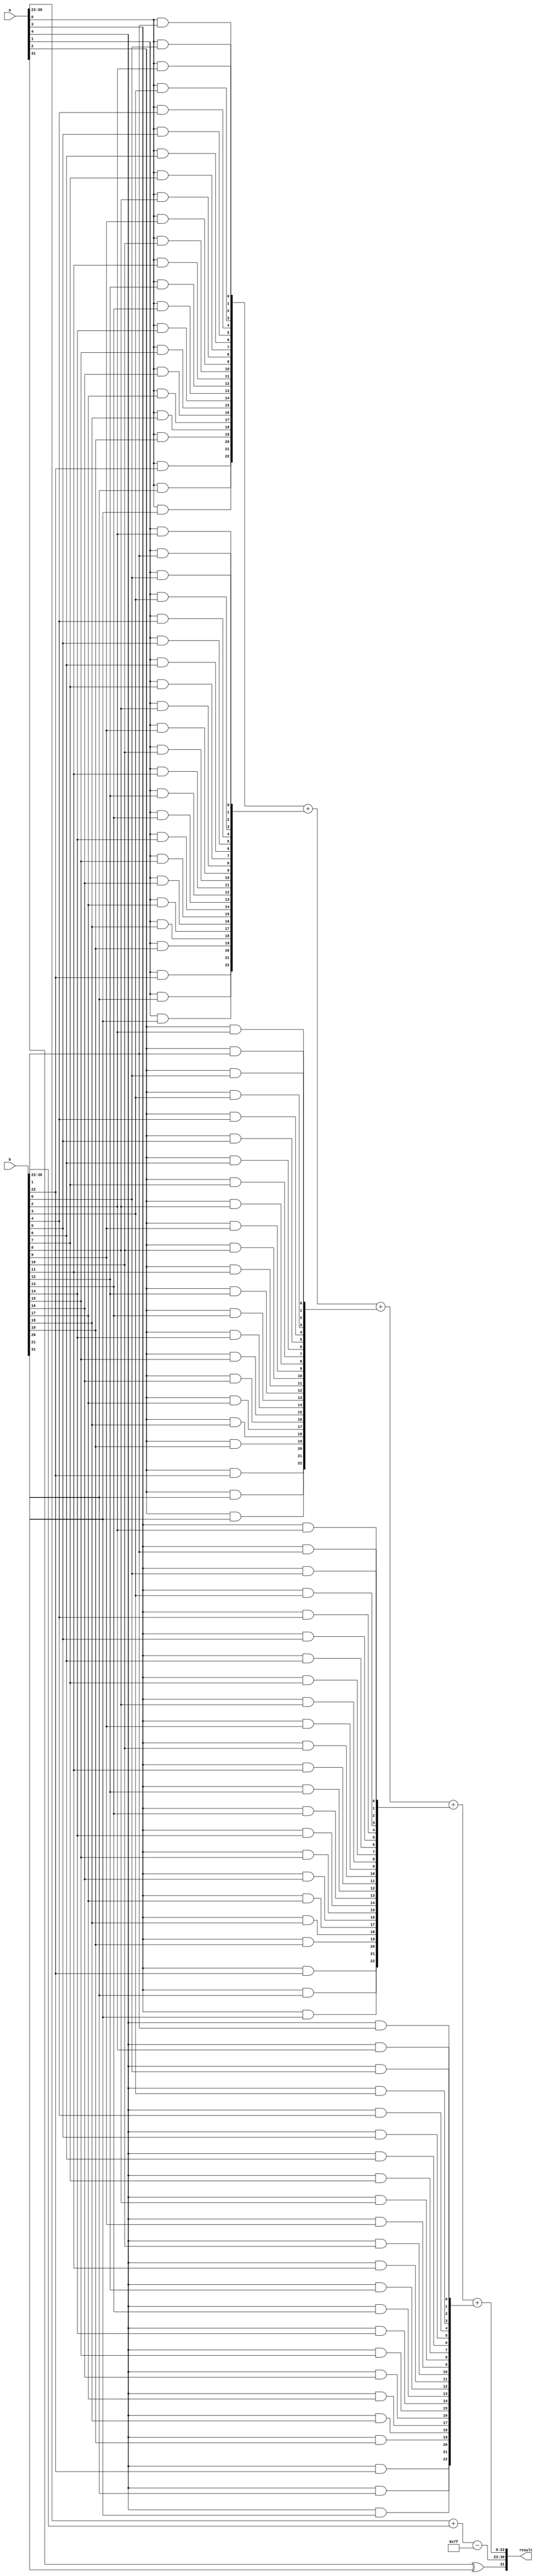
module fp_wallace_tree_multiplier (
    input [31:0] a, // First floating-point operand (IEEE 754 single-precision)
    input [31:0] b, // Second floating-point operand (IEEE 754 single-precision)
    output [31:0] result // Output floating-point result (IEEE 754 single-precision)
);
    
    // Step 1: Extract sign, exponent, and significand
    wire sign_a = a[31];
    wire sign_b = b[31];

    wire [7:0] exp_a = a[30:23];
    wire [7:0] exp_b = b[30:23];

    wire [22:0] sig_a = a[22:0]; // 23 bits significand (with implicit leading 1)
    wire [22:0] sig_b = b[22:0]; // 23 bits significand (with implicit leading 1)

    // Step 2: Sign result calculation
    wire sign_result = sign_a ^ sign_b;

    // Step 3: Exponent calculation
    wire [7:0] exp_result = exp_a + exp_b - 8'd127; // Subtract the bias (127 for single-precision)

    // Step 4: Significand multiplication
    wire [46:0] significand_a = {1'b1, sig_a}; // Add implicit leading 1
    wire [46:0] significand_b = {1'b1, sig_b}; // Add implicit leading 1

    // Create partial products
    wire [22:0] pp[22:0]; // Partial products for 23 bits
    genvar i, j;
    generate
        for (i = 0; i < 23; i = i + 1) begin : partial_products
            for (j = 0; j < 23; j = j + 1) begin
                assign pp[i][j] = significand_a[i] & significand_b[j]; // AND to generate partial products
            end
        end
    endgenerate

    // Step 5: Wallace tree reduction (simplified version for illustration)
    wire [46:0] sum, carry;
    wire [46:0] temp;

    // Full adder and half adder logic would go here.
    // The following is a placeholder for conditions that would be implemented in a realistic design.

    // Combine partial products using Wallace Tree reduction algorithm.
    // This part of the design would be far more complex and is typically a multi-stage process.

    // The result of the Wallace tree reduction would go here
    // For example sake, we concatenate the values (this should be replaced with actual Wallace tree reduction)
    assign sum = pp[0] + pp[1] + pp[2] + pp[3] + pp[4]; // This is a placeholder

    // Step 6: Normalization and rounding logic
    // This logic needs to inspect the sum for normalization and adjust the exponent accordingly.
    // Rounding logic would handle the cases to meet IEEE 754 compliance.

    // Step 7: Assemble final output
    // This is a simplified example, real normalization, rounding, and edge cases should be handled.

    assign result = {sign_result, exp_result, sum[22:0]}; // Replace sum with the actual processed significand.

endmodule